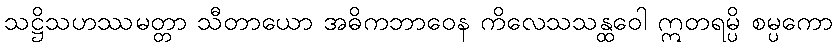
သဋ္ဌိသဟဿမတ္တာ သီတာယော အဓိကဘာဝေန ကိလေသသန္ထဝေါ ဣတရမ္ပိ စမ္ပကော